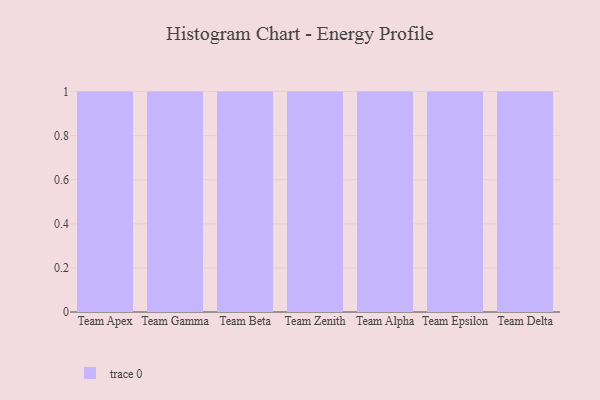
{"axis": {"x": "Team", "y": "Backlog"}, "legend": [""], "data": [{"x": "Team Apex", "y": 49, "type": ""}, {"x": "Team Gamma", "y": 79, "type": ""}, {"x": "Team Beta", "y": 12, "type": ""}, {"x": "Team Zenith", "y": 7, "type": ""}, {"x": "Team Alpha", "y": 78, "type": ""}, {"x": "Team Epsilon", "y": 9, "type": ""}, {"x": "Team Delta", "y": 62, "type": ""}]}